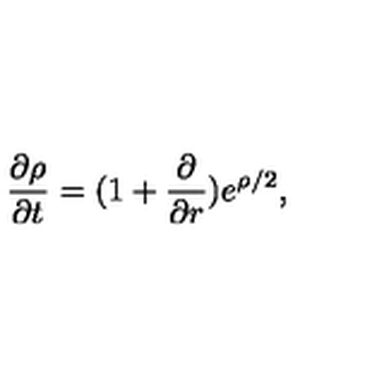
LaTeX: \frac { \partial \rho } { \partial t } = ( 1 + \frac { \partial } { \partial r } ) e ^ { \rho / 2 } ,